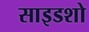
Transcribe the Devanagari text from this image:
साइडशो